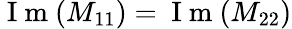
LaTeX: \mathrm{~I~m~}(M_{11})=\mathrm{~I~m~}(M_{22})